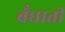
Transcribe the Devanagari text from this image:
बँधाती